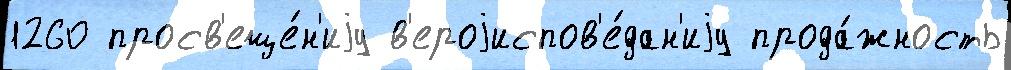
1260 просв'еще́н'иjу в'ероjиспов'е́дан'иjу прода́жность